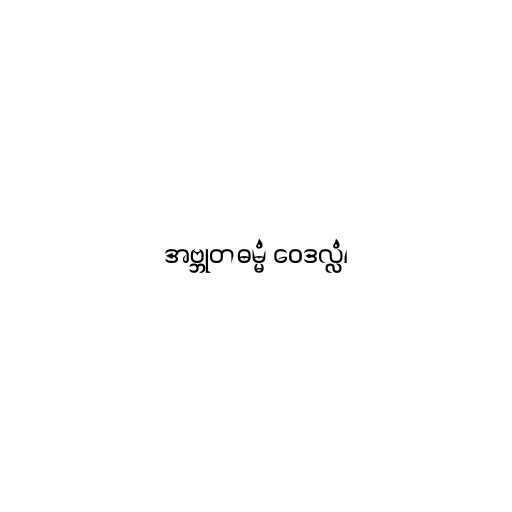
အဗ္ဘုတဓမ္မံ ဝေဒလ္လံ၊